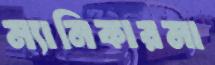
ম্যানিকারমা